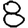
Digit: 8